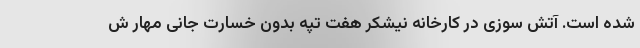
شده است. آتش سوزی در کارخانه نیشکر هفت تپه بدون خسارت جانی مهار ش